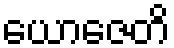
ယောဇေတိ